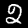
Digit: 2